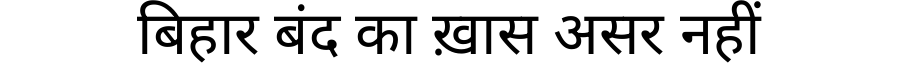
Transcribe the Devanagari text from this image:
बिहार बंद का ख़ास असर नहीं